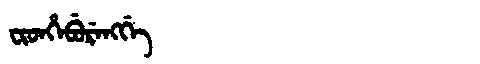
Manchu: ᠸᡳᡨᡥᡝᠪᡠᡵᡝᠩᡤᡝ
Romanization: FITHEBURENGGE